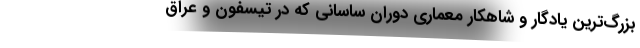
بزرگ‌ترین یادگار و شاهکار معماری دوران ساسانی که در تیسفون و عراق